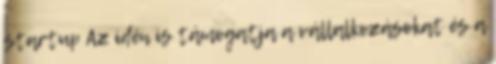
startup Az idén is támogatja a vállalkozásokat és a